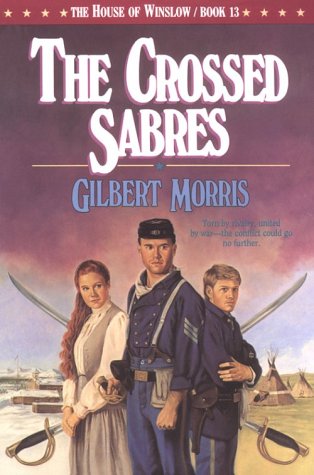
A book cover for The Crossed Sabres (The House of Winslow #13); Gilbert Morris; Religion & Spirituality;